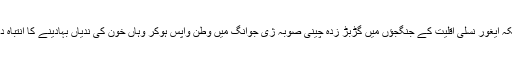
جبکہ ایغور نسلی اقلیت کے جنگجؤں میں گڑبڑ زدہ چینی صوبہ ژی جوانگ میں وطن واپس ہوکر وہاں خون کی ندیاں بہادینے کا انتباہ دیا ۔